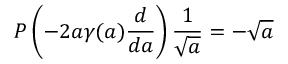
P \left( - 2 a \gamma ( a ) { \frac { d } { d a } } \right) { \frac { 1 } { \sqrt { a } } } = - \sqrt { a }